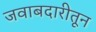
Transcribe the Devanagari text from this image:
जवाबदारीतून